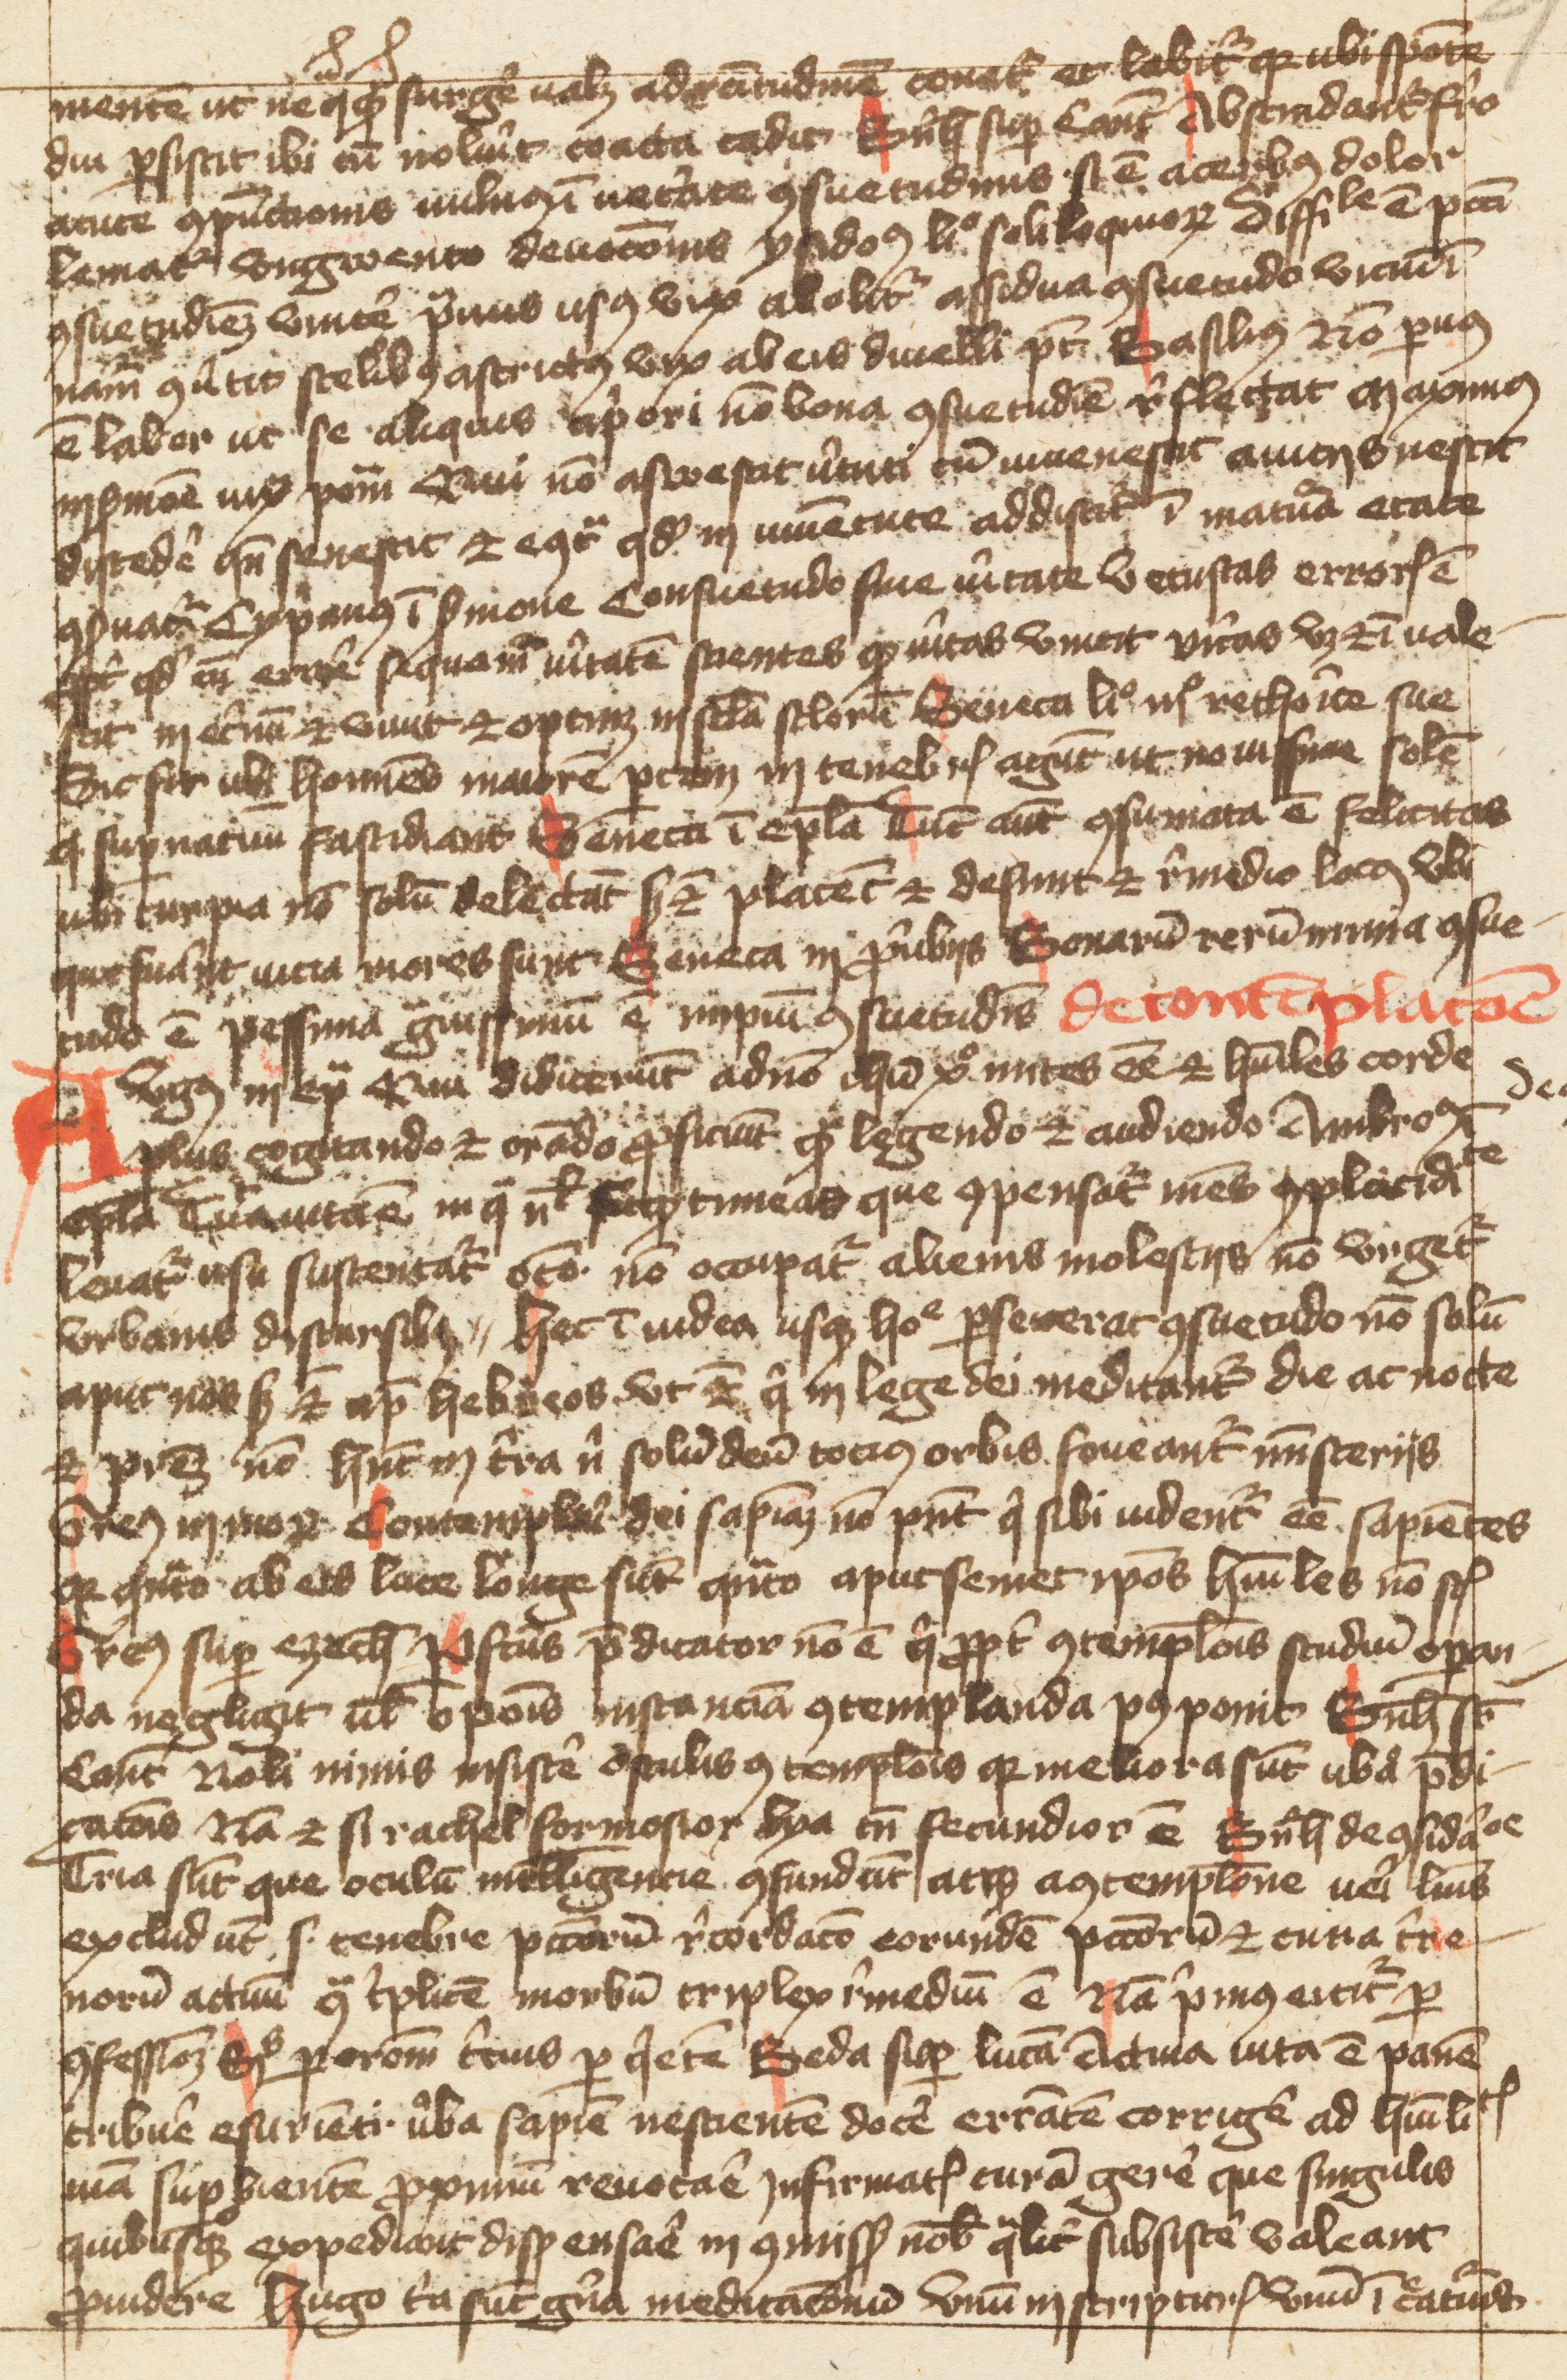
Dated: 1400–1499